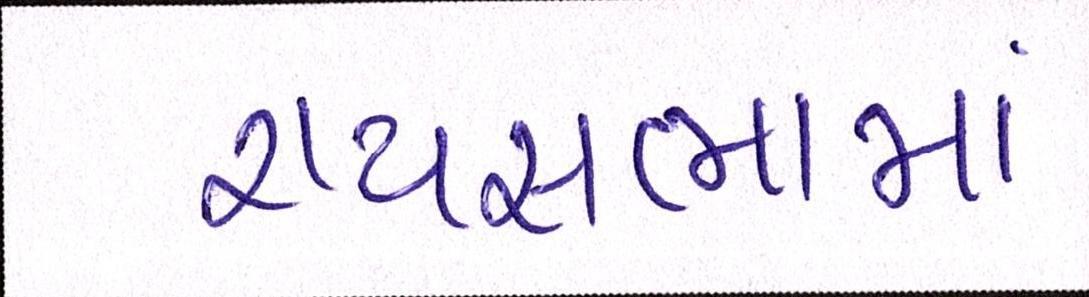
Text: રાયસભામાં